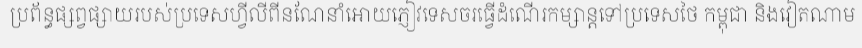
ប្រព័ន្ធផ្សព្វផ្សាយរបស់ប្រទេសហ្វីលីពីនណែនាំអោយភ្ញៀវទេសចរធ្វើដំណើរកម្សាន្តទៅប្រទេសថៃ កម្ពុជា និងវៀតណាម